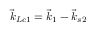
\vec { k } _ { L c 1 } = \vec { k } _ { 1 } - \vec { k } _ { s 2 }